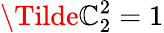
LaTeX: \Tilde{\mathbb{C}}_{2}^{2}=1